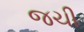
જચી